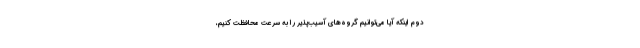
دوم اینکه آیا می‌توانیم گروه‌های آسیب‌پذیر را به سرعت محافظت کنیم،